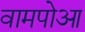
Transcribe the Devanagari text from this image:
वामपोआ